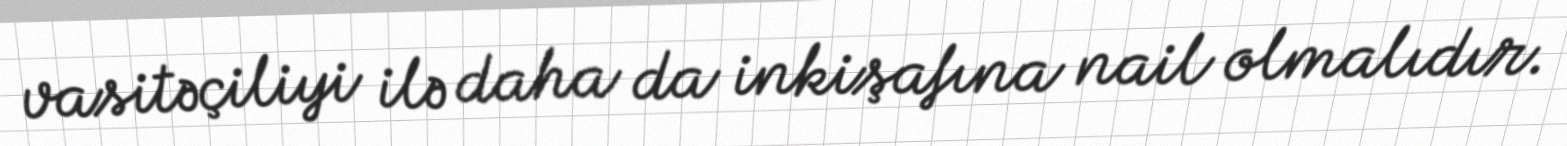
vasitəçiliyi ilə daha da inkişafına nail olmalıdır.